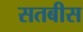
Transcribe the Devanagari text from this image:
सतबीस